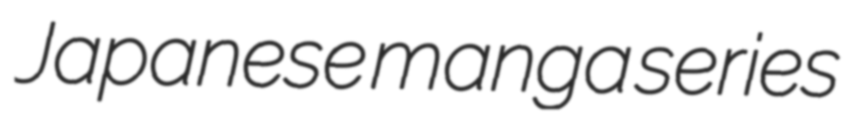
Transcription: Japanese manga series